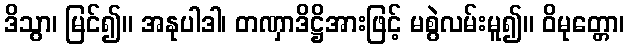
ဒိသွာ၊ မြင်၍။ အနုပါဒါ၊ တဏှာဒိဋ္ဌိအားဖြင့် မစွဲလမ်းမူ၍။ ဝိမုတ္တော၊